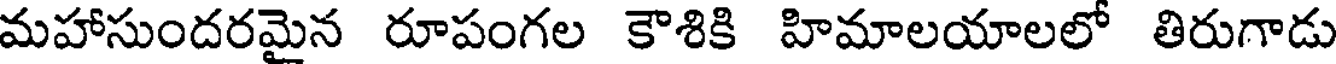
మహాసుందరమైన రూపంగల కౌశికి హిమాలయాలలో తిరుగాడు